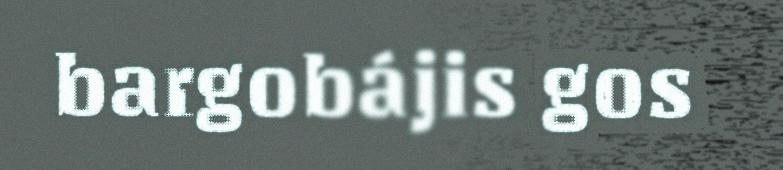
bargobájis gos